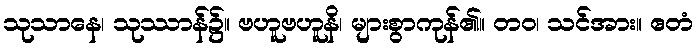
သုသာနေ၊ သုဿာန်၌။ ဗဟူဗဟူနိ၊ များစွာကုန်၏။ တဝ၊ သင်အား။ ဧတံ